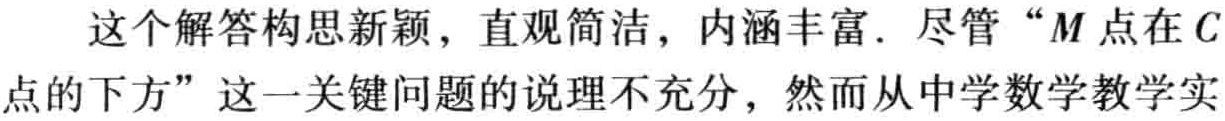
这个解答构思新颖，直观简洁，内涵丰富．尽管“\(M\)点在\(C\)点的下方”这一关键问题的说理不充分，然而从中学数学教学实